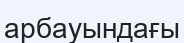
арбауындағы